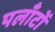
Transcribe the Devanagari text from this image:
पलाँटों